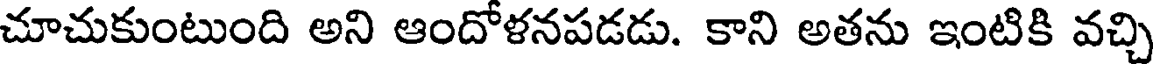
చూచుకుంటుంది అని ఆందోళనపడడు. కాని అతను ఇంటికి వచ్చి